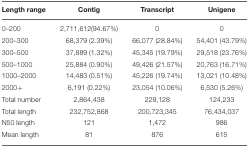
<table><thead><tr><td><b>Length range</b></td><td><b>Contig</b></td><td><b>Transcript</b></td><td><b>Unigene</b></td></tr></thead><tbody><tr><td>0–200</td><td>2,711,612(94.67%)</td><td>0</td><td>0</td></tr><tr><td>200–300</td><td>68,379 (2.39%)</td><td>66,077 (28.84%)</td><td>54,401 (43.79%)</td></tr><tr><td>300–500</td><td>37,889 (1.32%)</td><td>45,345 (19.79%)</td><td>29,518 (23.76%)</td></tr><tr><td>500–1000</td><td>25,884 (0.90%)</td><td>49,426 (21.57%)</td><td>20,763 (16.71%)</td></tr><tr><td>1000–2000</td><td>14,483 (0.51%)</td><td>45,226 (19.74%)</td><td>13,021 (10.48%)</td></tr><tr><td>2000+</td><td>6,191 (0.22%)</td><td>23,054 (10.06%)</td><td>6,530 (5.26%)</td></tr><tr><td>Total number</td><td>2,864,438</td><td>229,128</td><td>124,233</td></tr><tr><td>Total length</td><td>232,752,868</td><td>200,723,345</td><td>76,434,037</td></tr><tr><td>N50 length</td><td>121</td><td>1,472</td><td>986</td></tr><tr><td>Mean length</td><td>81</td><td>876</td><td>615</td></tr></tbody></table>